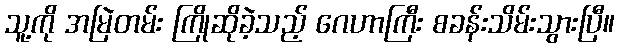
သူ့ကို အမြဲတမ်း ကြိုဆိုခဲ့သည့် ဂေဟာကြီး စခန်းသိမ်းသွားပြီ။